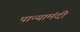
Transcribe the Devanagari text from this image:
पान्यामंदी